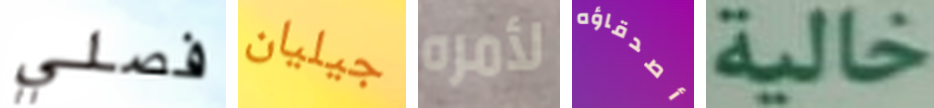
فصلي جيليان لأمره أصدقاؤه خالية